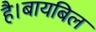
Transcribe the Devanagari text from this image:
है।बायबिल